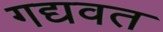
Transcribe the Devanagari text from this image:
गद्यवत